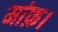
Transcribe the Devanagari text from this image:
मांफ़।